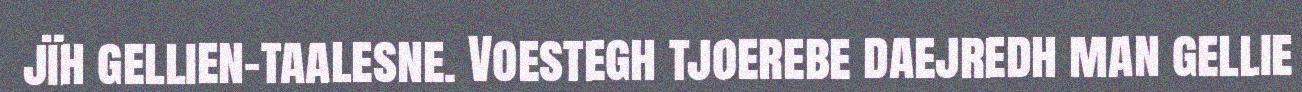
jïh gellien-taalesne. Voestegh tjoerebe daejredh man gellie